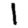
Digit: 1